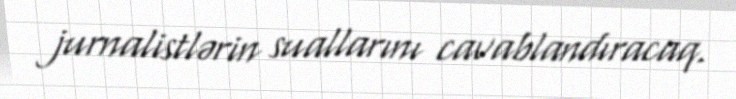
jurnalistlərin suallarını cavablandıracaq.